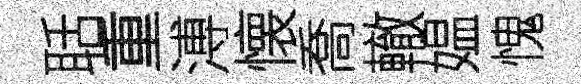
聒重溥懐喬轍媪愧